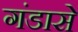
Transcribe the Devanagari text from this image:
गंडासे